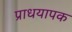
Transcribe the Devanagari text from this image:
प्राधयापक